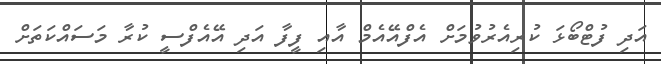
އަދި ފުޓްބޯޅަ ކުރިއެރުވުމަށް އެފްއޭއެމް އާއި ފީފާ އަދި އޭއެފްސީ ކުރާ މަސައްކަތަށް